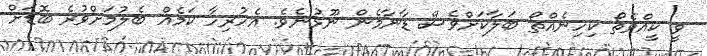
ވީ ކީއްވެތޯ ކިހިނެއްތޯ ބަލާކަށްވެސް ޑާނާމެން ނޫޅުނެވެ. އެހުރިހާ ކަމެއް ބެލުމަށްވުރެ ބޮޑަށް